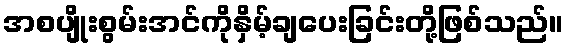
အစပျိုးစွမ်းအင်ကိုနှိမ့်ချပေးခြင်းတို့ဖြစ်သည်။